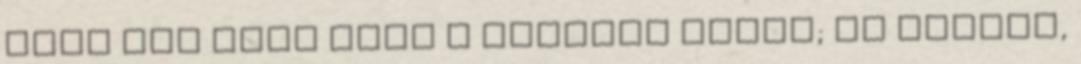
csak úgy zeng bele a kietlen csend; és tovább,